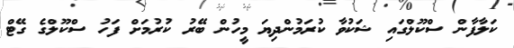
ކަލާފާން ސްކޫލްގައި ޝަކުވާ ކުރަމުންދިޔަ މީހުން ބޭރު ކުރުމަށް ފަހު ސްކޫލްގެ ގޭޓް